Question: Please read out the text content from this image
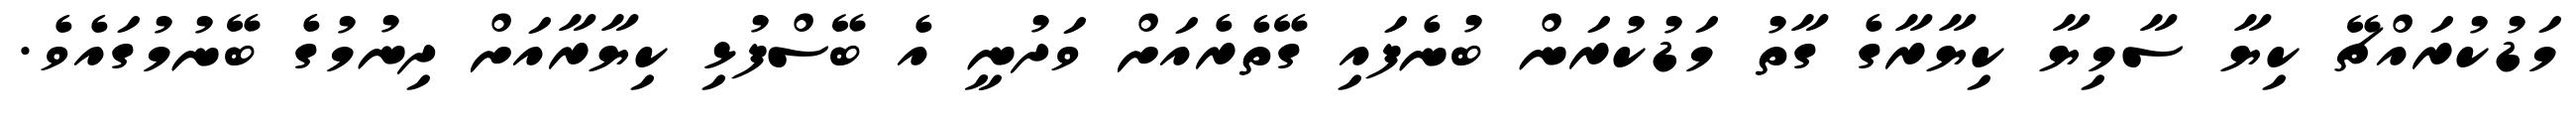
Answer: މަޑުކުރައްޗޭ ކިޔާ ސާމިޔާ ކިޔާރާގެ ގާތު މަޑުކުރަން ބުނެފައި ގޭތެރެއަށް ވަދުނީ އެ ބޭސްފުޅި ކިޔާރާއަށް ދިނުމުގެ ބޭނުމުގައެވެ.